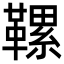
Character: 𩌹